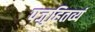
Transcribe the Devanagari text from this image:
पजुहितव्यं